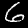
Digit: 6